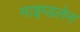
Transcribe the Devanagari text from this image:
माइग्डलेन